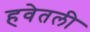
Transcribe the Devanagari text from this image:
हवेतली